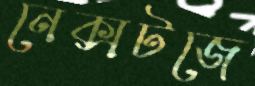
নেক্সটজে